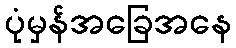
ပုံမှန်အခြေအနေ